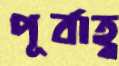
পূর্বাহ্ণ